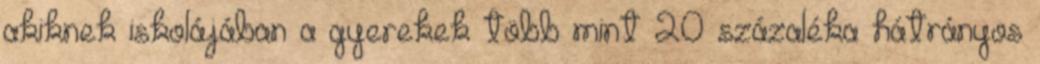
akiknek iskolájában a gyerekek több mint 20 százaléka hátrányos